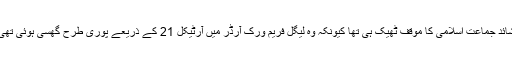
شائد جماعت اسلامی کا موقف ٹھیک ہی تھا کیونکہ وہ لیگل فریم ورک آرڈر میں آرٹیکل 21 کے ذریعے پوری طرح گھسی ہوئی تھی۔